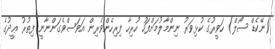
(ނޭކެޑް ސޯލް) ހަވީރުގެ ކުޅިވަރު ނިންމާލުމަށްފަހު ހުރިހާ ފިރިހެންވެރިން އަވަސްވެގަންނާނީ ފިޠުރު ޢީދުގެ